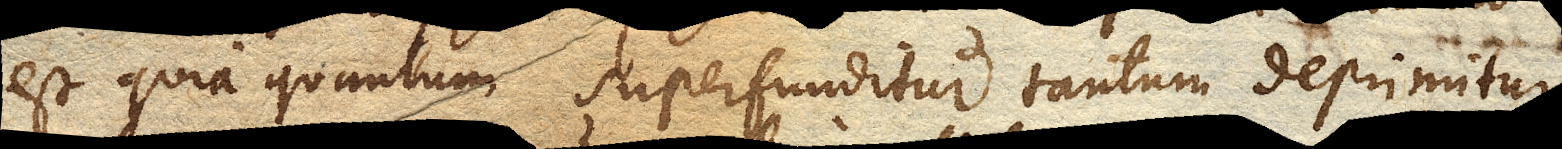
est quia quantum superfunditur tantum deprimitur,